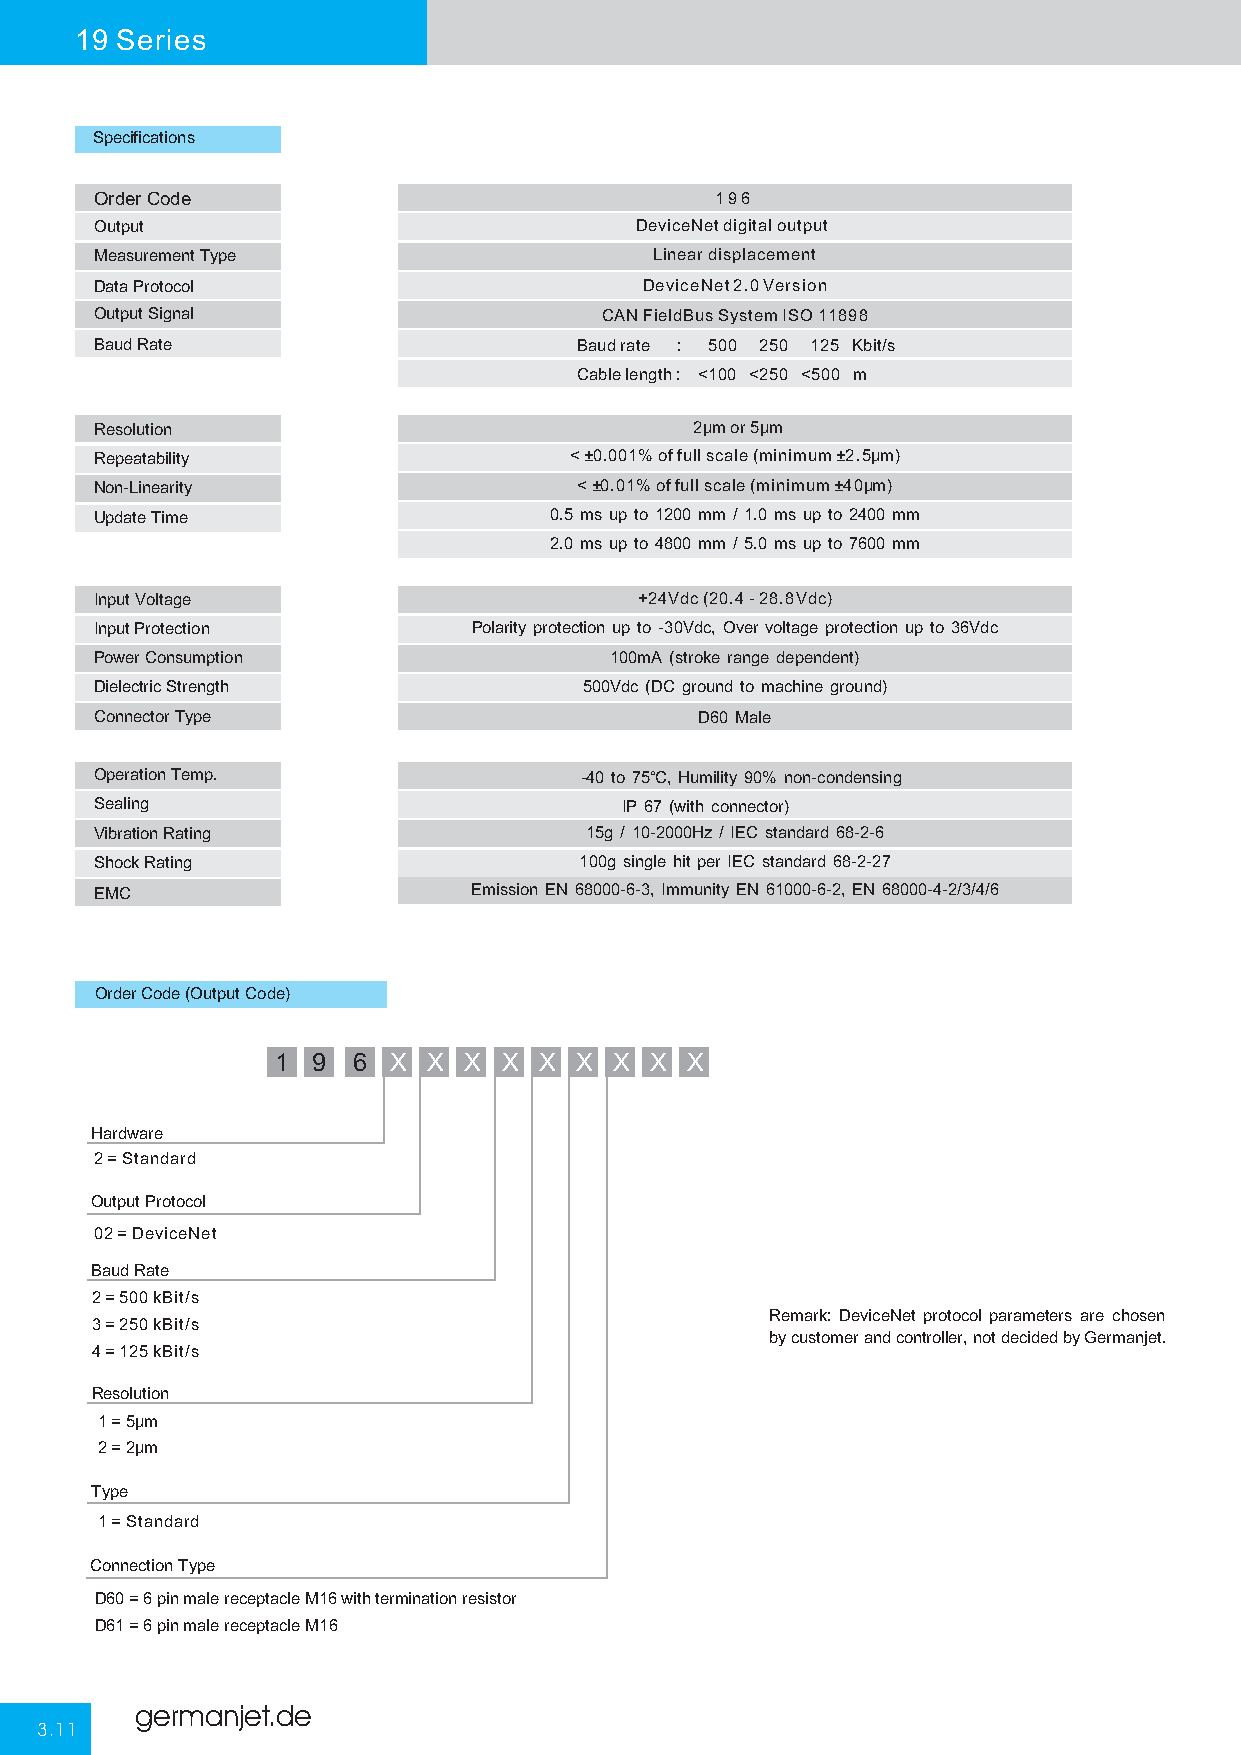
19 Series
 Specifications
 Order Code                               196
 Output                              DeviceNet digital output
 Measurement Type                     Linear displacement
 Data Protocol                        DeviceNet2.0Version
 Output Signal                     CAN FieldBus System ISO 11898
 Baud Rate                       Baudrate : 500 250 125 Kbit/s
 Cablelength: <100 <250 <500 m
 Resolution                              2μm or5μm
 Repeatability                   <±0.001% of full scale (minimum±2.5μm)
 Non-Linearity                   <±0.01% of full scale (minimum±40μm)
 Update Time                   0.5 ms up to 1200 mm / 1.0 ms up to 2400 mm
 2.0 ms up to 4800 mm / 5.0 ms up to 7600 mm
 Input Voltage                       +24Vdc (20.4 - 28.8Vdc)
 Input Protection         Polarity protection up to -30Vdc, Over voltage protection up to 36Vdc
 Power Consumption                 100mA (stroke range dependent)
 Dielectric Strength              500Vdc (DC ground to machine ground)
 Connector Type                          D60 Male
 Operation Temp.                 -40 to 75℃, Humility 90% non-condensing
 Sealing                            IP 67 (with connector)
 Vibration Rating                 15g / 10-2000Hz / IEC standard 68-2-6
 Shock Rating                    100g single hit per IEC standard 68-2-27
 EMC                      Emission EN 68000-6-3, Immunity EN 61000-6-2, EN 68000-4-2/3/4/6
 (( )) ** ++
 Order Code (Output Code)
 1  19 6 4X XX XX 1X XX XX 1X XX XX
 Hardware
 2 = Standard
 Output Protocol
 02 = DeviceNet
 Baud Rate
 2 = 500 kBit/s
 Remark: DeviceNet protocol parameters are chosen
 3 = 250 kBit/s
 by customer and controller, not decided by Germanjet.
 4 = 125 kBit/s
 Resolution
 1 = 5μm
 2 = 2μm
 Type
 1 = Standard
 Connection Type
 D60 = 6 pin male receptacle M16 with termination resistor
 D61 = 6 pin male receptacle M16
 germanjet.de
 3.11